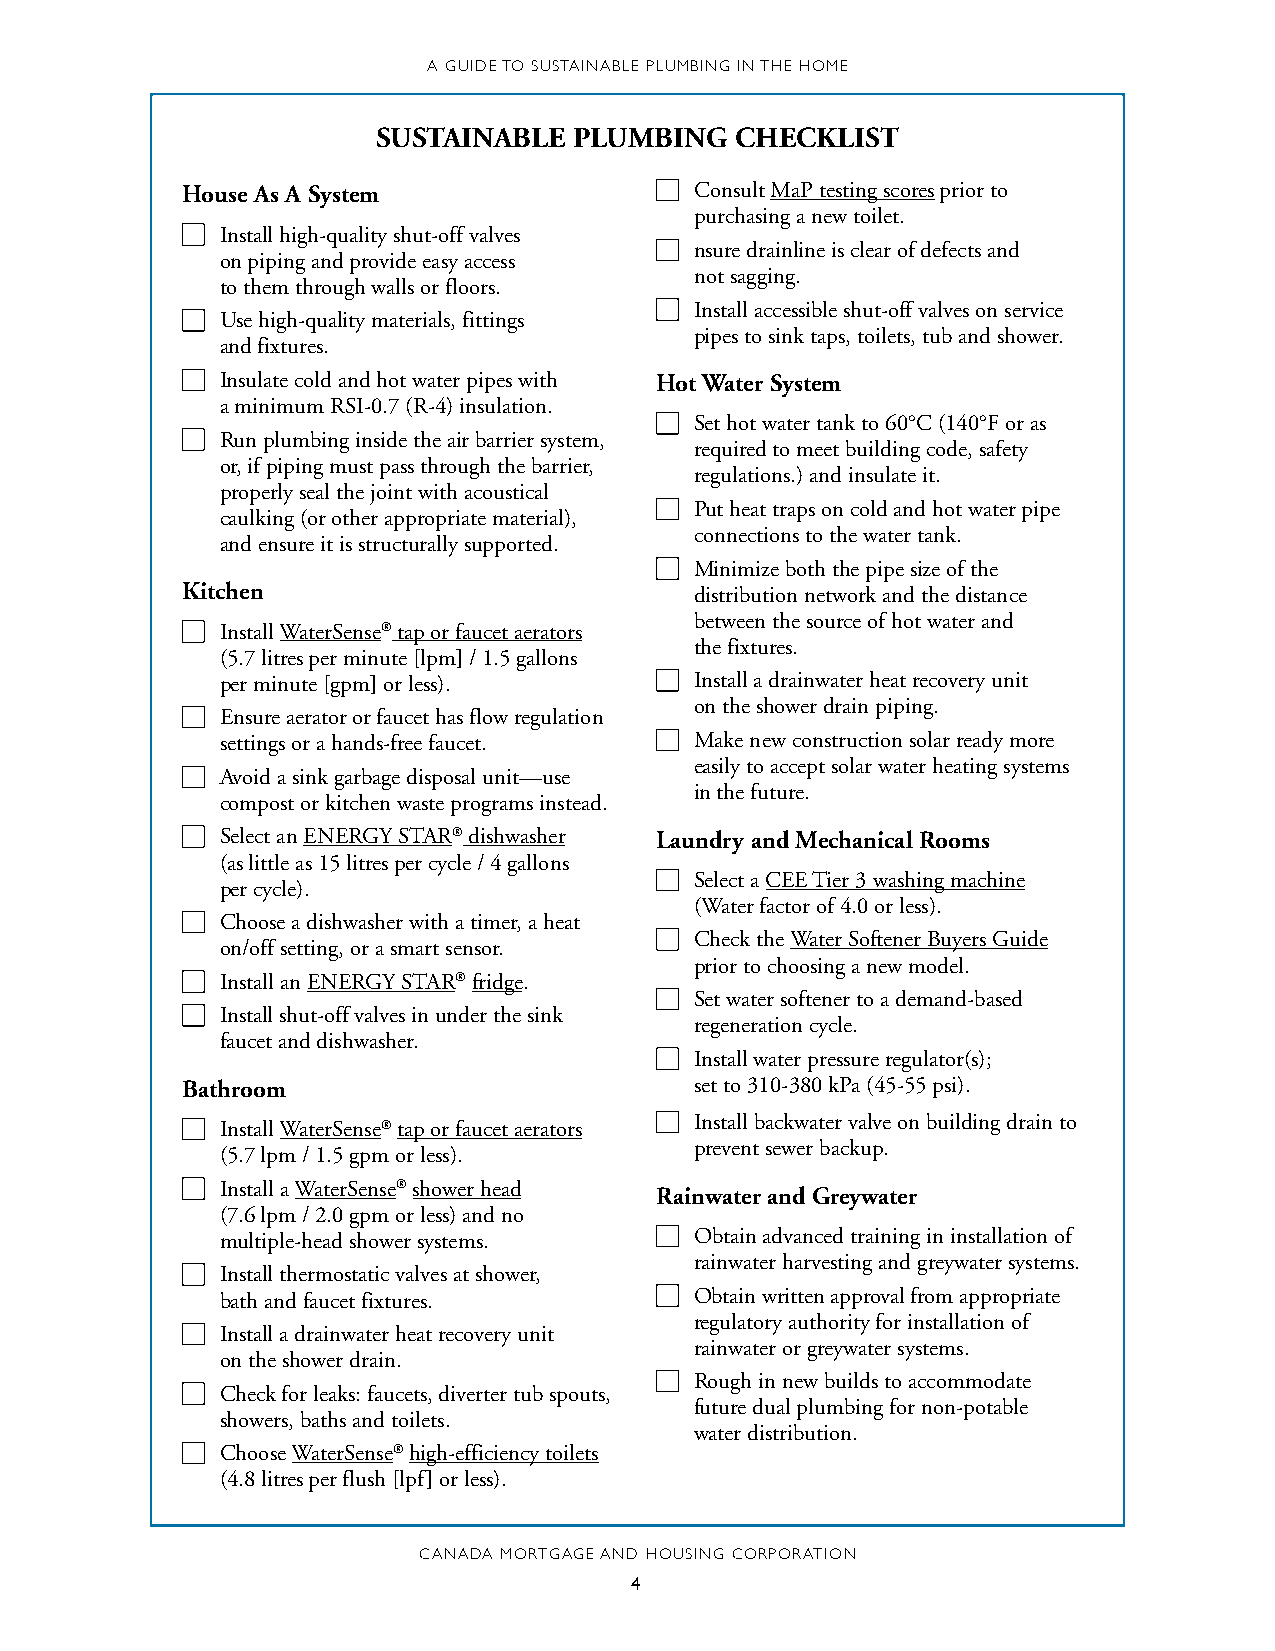
A GUIDE TO SUSTAINABLE PLUMBING IN THE HOME
 SUSTAINABLE  PLUMBING   CHECKLIST
 House As A System                 Consult MaP testing scores prior to
 purchasing a new toilet.
 Install high-quality shut-off valves
 nsure drainline is clear of defects and
 on piping and provide easy access
 not sagging.
 to them through walls or floors.
 Install accessible shut-off valves on service
 Use high-quality materials, fittings
 pipes to sink taps, toilets, tub and shower.
 and fixtures.
 Insulate cold and hot water pipes with Hot Water System
 a minimum RSI-0.7 (R-4) insulation.
 Set hot water tank to 60°C (140°F or as
 Run plumbing inside the air barrier system,
 required to meet building code, safety
 or, if piping must pass through the barrier,
 regulations.) and insulate it.
 properly seal the joint with acoustical
 Put heat traps on cold and hot water pipe
 caulking (or other appropriate material),
 connections to the water tank.
 and ensure it is structurally supported.
 Minimize both the pipe size of the
 Kitchen                           distribution network and the distance
 between the source of hot water and
 Install WaterSense® tap or faucet aerators
 the fixtures.
 (5.7 litres per minute [lpm] / 1.5 gallons
 per minute [gpm] or less).     Install a drainwater heat recovery unit
 on the shower drain piping.
 Ensure aerator or faucet has flow regulation
 settings or a hands-free faucet. Make new construction solar ready more
 easily to accept solar water heating systems
 Avoid a sink garbage disposal unit—use
 in the future.
 compost or kitchen waste programs instead.
 Select an ENERGY STAR® dishwasher Laundry and Mechanical Rooms
 (as little as 15 litres per cycle / 4 gallons
 Select a CEE Tier 3 washing machine
 per cycle).
 (Water factor of 4.0 or less).
 Choose a dishwasher with a timer, a heat
 Check the Water Softener Buyers Guide
 on/off setting, or a smart sensor.
 prior to choosing a new model.
 Install an ENERGY STAR® fridge.
 Set water softener to a demand-based
 Install shut-off valves in under the sink
 regeneration cycle.
 faucet and dishwasher.
 Install water pressure regulator(s);
 Bathroom                          set to 310-380 kPa (45-55 psi).
 Install backwater valve on building drain to
 Install WaterSense® tap or faucet aerators
 prevent sewer backup.
 (5.7 lpm / 1.5 gpm or less).
 Install a WaterSense® shower head
 Rainwater and Greywater
 (7.6 lpm / 2.0 gpm or less) and no
 multiple-head shower systems.  Obtain advanced training in installation of
 rainwater harvesting and greywater systems.
 Install thermostatic valves at shower,
 bath and faucet fixtures.      Obtain written approval from appropriate
 regulatory authority for installation of
 Install a drainwater heat recovery unit
 rainwater or greywater systems.
 on the shower drain.
 Rough in new builds to accommodate
 Check for leaks: faucets, diverter tub spouts,
 future dual plumbing for non-potable
 showers, baths and toilets.
 water distribution.
 Choose WaterSense® high-efficiency toilets
 (4.8 litres per flush [lpf] or less).
 CANADA MORTGAGE AND HOUSING CORPORATION
 4